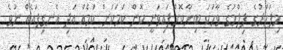
މިފަހަރުގެ ފިލްމުގެ ވާހަކަ ބިނާކޮށްފައިވަނީ ކޮން ކަމަކަށް ކަމެއް އަދި އެނގިފައެއް ނުވެ